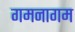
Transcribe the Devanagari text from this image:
गमनागम